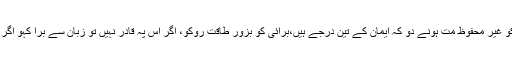
بس کچھ بھی کر کے اپنی نظریاتی سرحدوں کو غیر محفوظ مت ہونے دو کہ ایمان کے تین درجے ہیں،برائی کو بزور طاقت روکو، اگر اس پہ قادر نہیں تو زبان سے برا کہو اگر اتنا بھی نہین کر سکتے تو دل میں برا گردانو۔